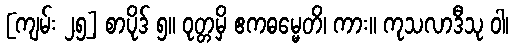
[ကျမ်း ၂၅] စာပိုဒ် ၅။ ဝုတ္တမှိ ဧကဓမ္မေတိ၊ ကား။ ကုသလာဒီသု ဝါ၊